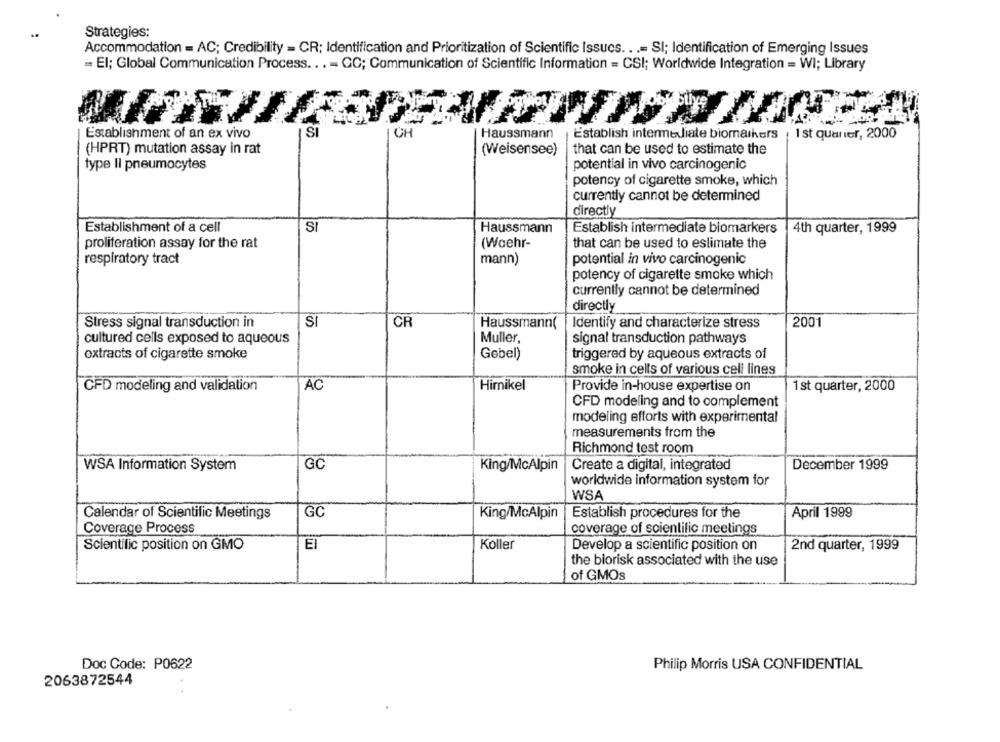
Strategies:
Accommodation = AC; Credibility = CR; Identification and Prioritization of Scientific Issues. ..= SI; Identification of Emerging Issues
= El; Global Communication Process ...- CC; Communication of Scientific Information = CSI; Worldwide Integration = WI; Library
Establishment of an ex vivo
SI
CH
Haussmann
Establish intermediate biomarkers , 1 st quarter, 2000
(HPRT) mutation assay in rat
(Weisensee)
that can be used to estimate the
type Il pneumocytes
potential in vivo carcinogenic
potency of cigarette smoke, which
currently cannot be determined
directly
Establishment of a cell
SI
Haussmann
Establish intermediate biomarkers
4th quarter, 1999
proliferation assay for the rat
(Waehr-
that can be used to estimate the
respiratory tract
mann)
potential in vivo carcinogenic
potency of cigarette smoke which
currently cannot be determined
directly
Stress signal transduction in
SI
CR
Haussmann(
Identify and characterize stress
2001
cultured cells exposed to aqueous
Muller,
signal transduction pathways
extracts of cigarette smoke
Gebel)
triggered by aqueous extracts of
smoke in cells of various cell lines
AC
CFD modeling and validation
Hirnikel
Provide in-house expertise on
1 st quarter, 2000
CFD modeling and to complement
modeling efforts with experimental
measurements from the
Richmond test room
WSA Information System
GC
King/McAlpin
Create a digital, integrated
December 1999
worldwide information system for
WSA
GC
Calendar of Scientific Meetings
King/McAlpin
Establish procedures for the
April 1999
Coverage Process
coverage of scientific meetings
Scientific position on GMO
E
Koller
Develop a scientific position on
2nd quarter, 1999
the biorisk associated with the use
of GMOs
Doc Code: P0622
Philip Morris USA CONFIDENTIAL
2063872544